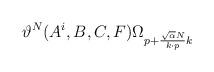
LaTeX: \begin{align*}\vartheta^N(A^i,B, C,F)\Omega_{p+{\sqrt{\alpha}N\over k\cdot p}k}\end{align*}